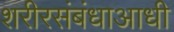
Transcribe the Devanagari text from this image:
शरीरसंबंधाआधी